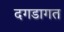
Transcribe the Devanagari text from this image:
दगडागत